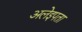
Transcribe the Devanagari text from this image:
अलेइपता